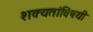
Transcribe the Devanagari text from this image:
शक्यतांविषयी